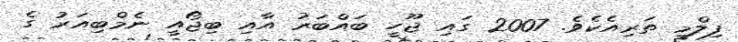
ފިލްމީ ތަރިއެކެވެ. 2007 ގައި ޖޫހީ ބައްބަރު އާއި ބިޖޯއީ ނެމްބިއަރު ގެ